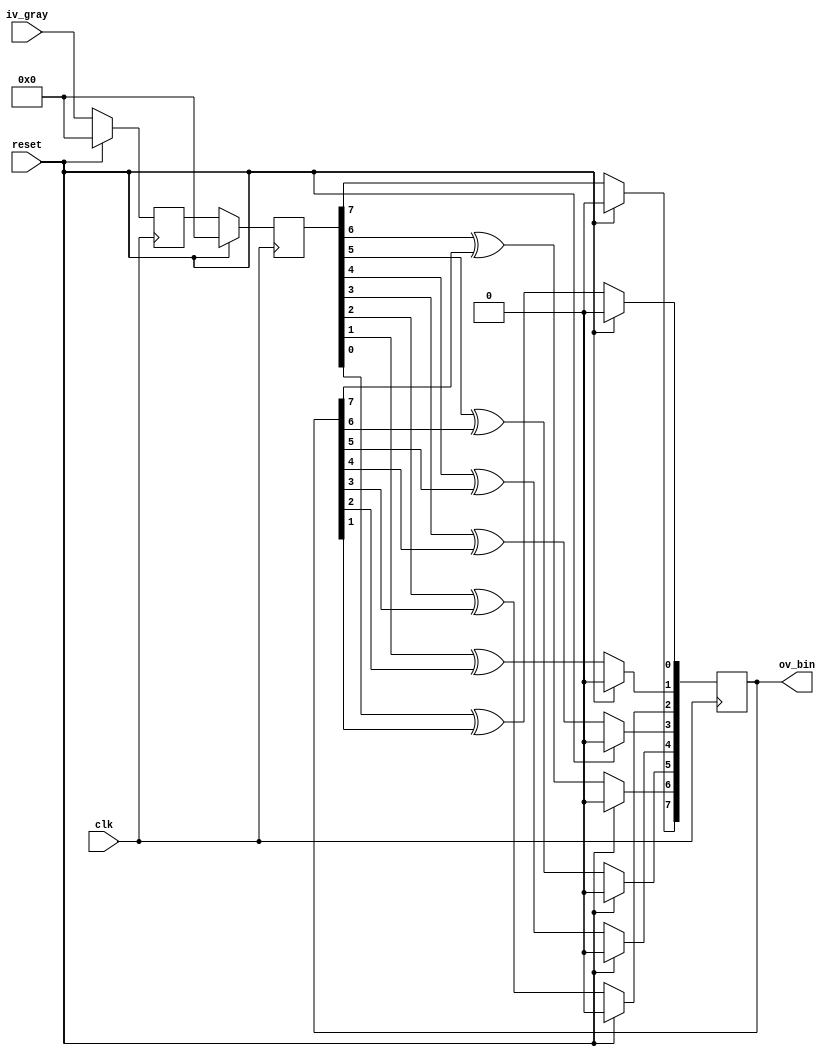
//-------------------------------------------------------------------------------------------------
//  -- Corporation  : MicroRTL.com
//  -- Email        : haitaox2013@gmail.com
//  -- Module       :
//-------------------------------------------------------------------------------------------------
//  -- Description  :
//
//-------------------------------------------------------------------------------------------------
//  -- Changelog    :
//  -- Author       | Date                  | Content
//  -- Michael      | 2016/09/06 10:52:45	|
//-------------------------------------------------------------------------------------------------
//`include			"_def.v"
//time unit/precision
`timescale 1ns/1ps
//-------------------------------------------------------------------------------------------------


module gray2bin # (
	parameter	DATA_WIDTH 			= 8			,	//
	parameter	TIME_DOMAIN 		= "ASYNC"	,	//"ASYNC" "SYNC" 
	parameter	RESET_VALUE 		= 0				//"ASYNC" "SYNC" 
	)
	(
	input							clk			,	//
	input							reset		,	//
	input	[DATA_WIDTH-1:0]		iv_gray		,	//
	output	[DATA_WIDTH-1:0]		ov_bin			//2
	);

	//ref signals
	reg		[DATA_WIDTH-1:0]		gray_in_dly0 	= {DATA_WIDTH{1'b0}};
	reg		[DATA_WIDTH-1:0]		gray_in_dly1	= {DATA_WIDTH{1'b0}};
	reg		[DATA_WIDTH-1:0]		bin_reg			= {DATA_WIDTH{1'b0}};
	reg		[DATA_WIDTH-1:0]		tmp				= {DATA_WIDTH{1'b0}};
	integer           				j				;	// for loop variables

	//ref ARCHITECTURE

	//	-------------------------------------------------------------------------------------
	//	
	//	1.
	//	2.
	//	-------------------------------------------------------------------------------------
	generate
		if(TIME_DOMAIN=="ASYNC") begin : async_time_domain
			always @ (posedge clk) begin
				if(reset) begin
					gray_in_dly0	<= RESET_VALUE;
					gray_in_dly1	<= RESET_VALUE;
				end
				else begin
					gray_in_dly0	<= iv_gray;
					gray_in_dly1	<= gray_in_dly0;
				end
			end
		end
		else begin : sync_time_domain
			always @ ( * ) begin
				if(reset) begin
					gray_in_dly1	<= RESET_VALUE;
				end
				else begin
					gray_in_dly1	<= iv_gray;
				end
			end
		end
	endgenerate

	//	-------------------------------------------------------------------------------------
	//	
	//	-------------------------------------------------------------------------------------
	always @ (posedge clk) begin
		if(reset) begin
			bin_reg	<= RESET_VALUE;
		end
		else begin
			bin_reg[DATA_WIDTH-1]	<= gray_in_dly1[DATA_WIDTH-1];
			for(j=DATA_WIDTH-2;j>=0;j=j-1) begin
				bin_reg[j]	<= gray_in_dly1[j] ^ bin_reg[j+1];
			end
		end
	end

	//	-------------------------------------------------------------------------------------
	//	
	//	1.3
	//	2.1
	//	-------------------------------------------------------------------------------------
	assign	ov_bin = bin_reg;

endmodule